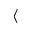
\langle